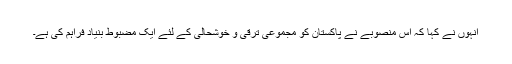
انہوں نے کہا کہ اس منصوبے نے پاکستان کو مجموعی ترقی و خوشحالی کے لئے ایک مضبوط بنیاد فراہم کی ہے۔